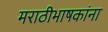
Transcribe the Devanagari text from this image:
मराठीभाषकांना